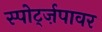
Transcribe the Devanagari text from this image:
स्पोर्ट्ज़पावर